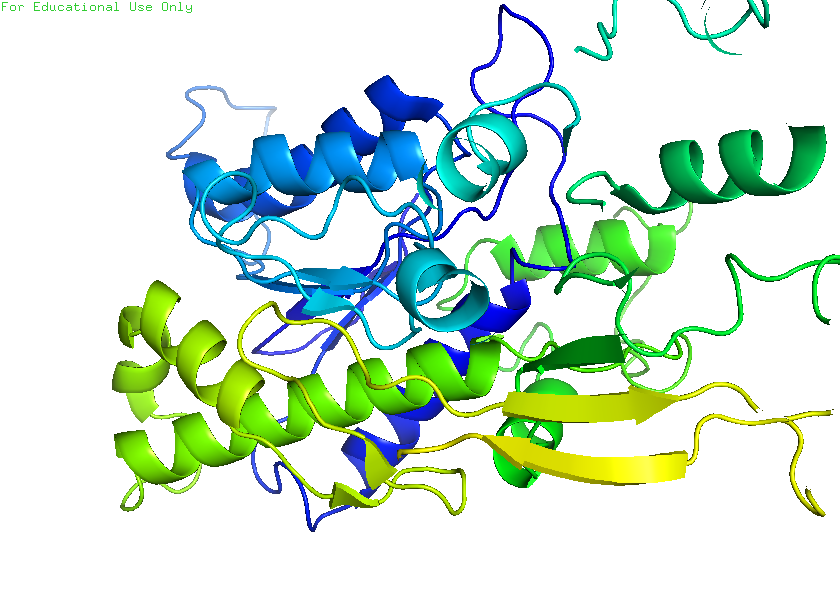
pymol, preset, pretty_solv